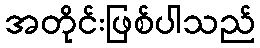
အတိုင်းဖြစ်ပါသည်